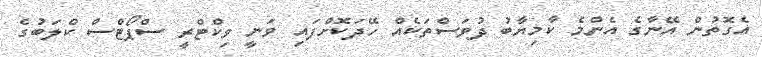
އެގޮތުން އޭނާގެ އެންމެ ކާމިޔާބު ދުވަސްތަކެއް ހޭދަކޮށްފައި ވަނީ ވިކްޓްރީ ސްޕޯޓްސް ކްލަބުގެ